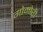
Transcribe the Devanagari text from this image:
गोमोरी